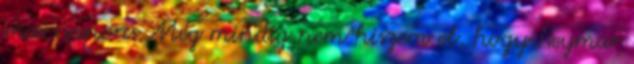
mai napon. Még mindig nem hiszem el, hogy Neymar